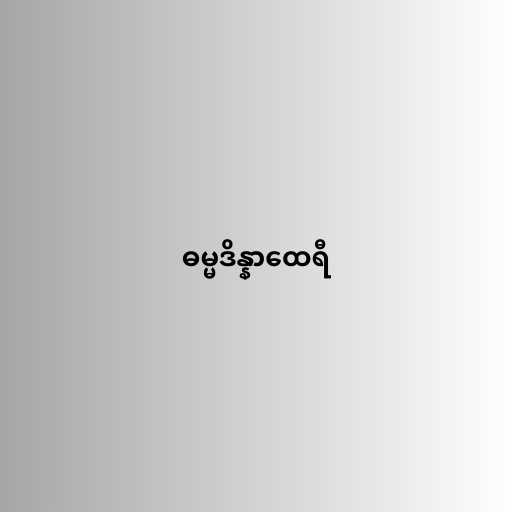
ဓမ္မဒိန္နာထေရီ